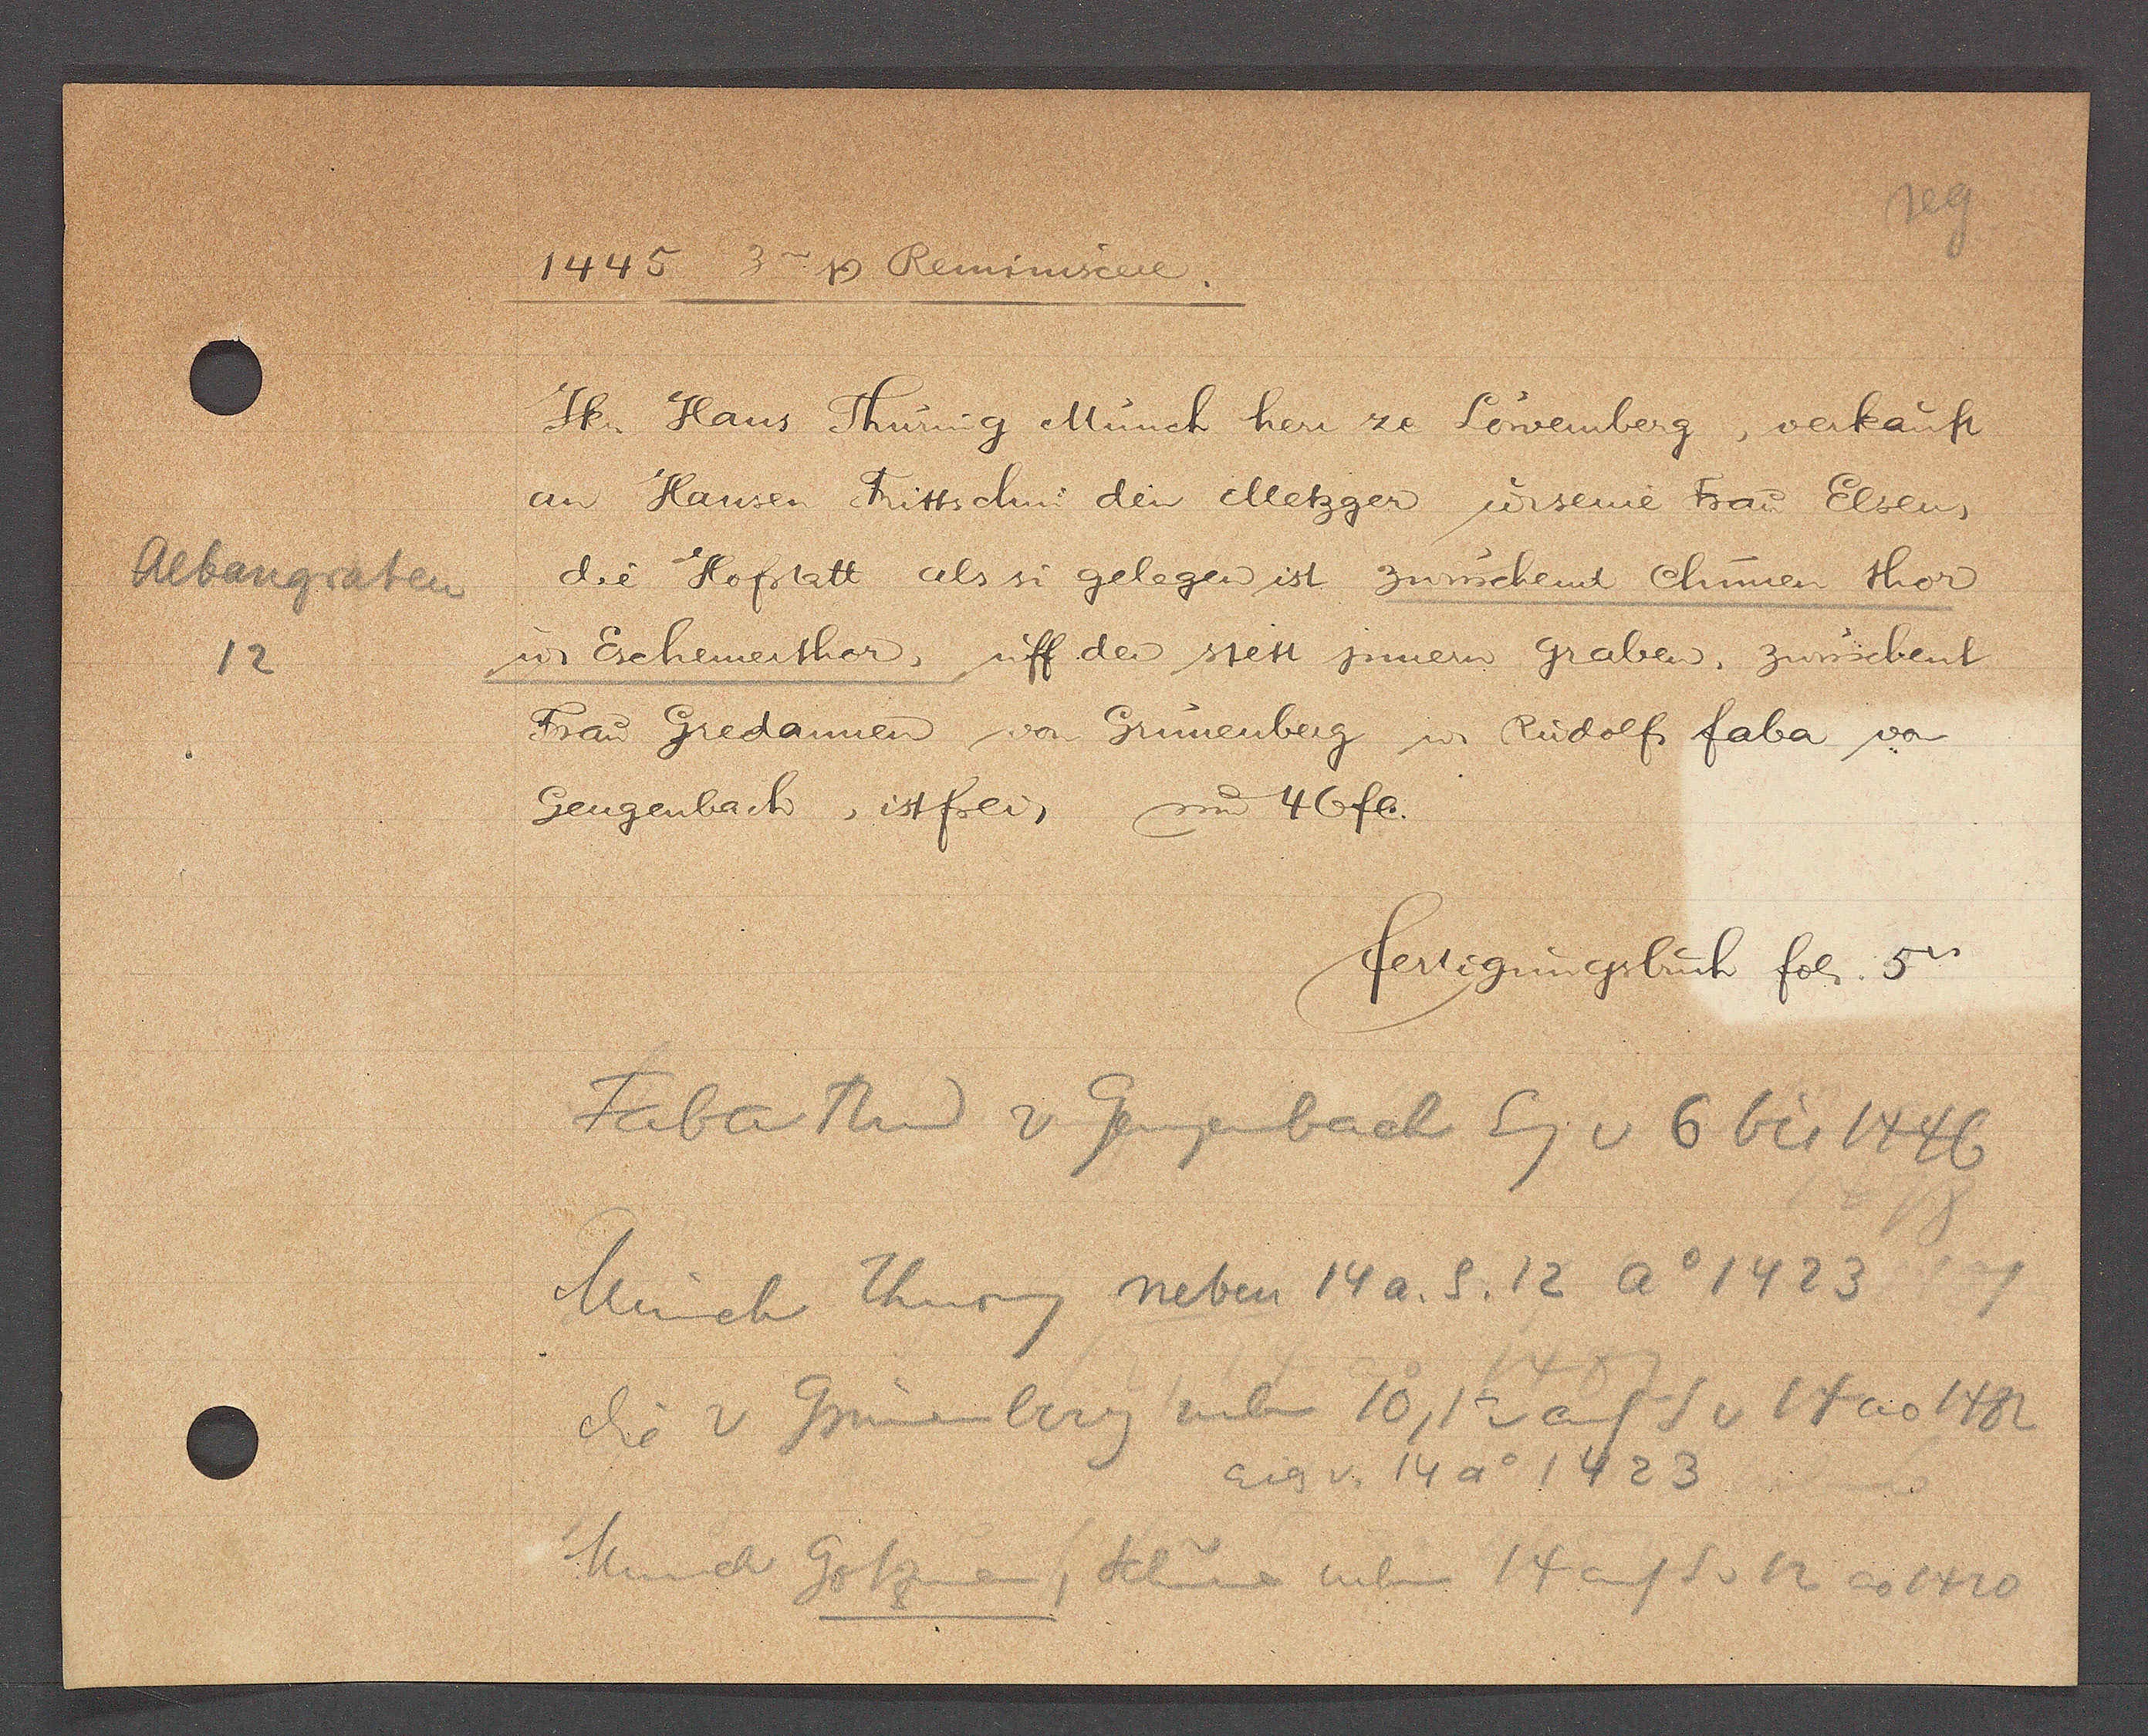
Transcript:
Albangraten
12

1445.
Ƿ Reminiscere.

Jk. Hans Thüring Münch her ze Löwemberg, verkauft
an Hansen Frittschin den Metzger u seine Frau Elsen,
die Hoftatt als si gelegen ist zwüschent Chunen thor
u. Echenmerthor, uff der stett jnnen graben, zwüschent
Frau Gredannen von Grünenberg u. Rudolf faba von
Gengenbach, istfrei, um 46fl.

fertigungsbuch fol. 5v.

Faba Thor v Geugenbach Eg v 6 bis 1446
Münch Thuring neben 14 a. S. 12 Ao 1423
die v Grünenberg neben 10, 12 auf S v 14 ao 1482
Munch Gotzman, Scheune neben 14 auf S v 12 ao 1420
Eig v. 14 Ao 1423